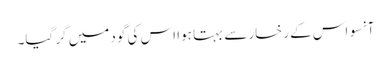
آنسو اس کے رخسار سے بہتا ہوا اس کی گود میں گر گیا۔